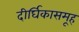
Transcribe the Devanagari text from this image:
दीर्घिकासमूह